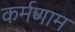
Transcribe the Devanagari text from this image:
कर्मणाम